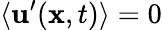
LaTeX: \langle\mathbf{u}^{\prime}(\mathbf{x},t)\rangle=0